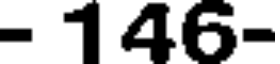
- 146-